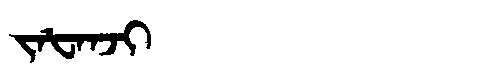
Manchu: ᠵᠠᡶᠠᠨᠵᡳ
Romanization: JAFANJI